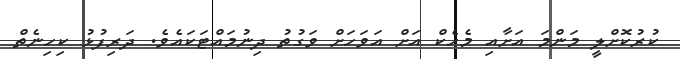
ކުރުކޮށްްލީ މަންމަ އަށާއި މެހެކް އަށް އަވަހަށް ވަގުތު ދިނުމައްޓަކައެވެ. ދަރިފުޅު ކިހިނެތް